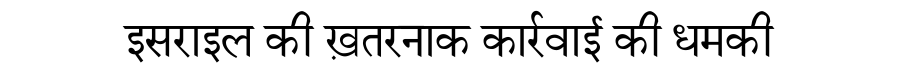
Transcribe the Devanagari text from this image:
इसराइल की ख़तरनाक कार्रवाई की धमकी